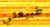
طبيعتي